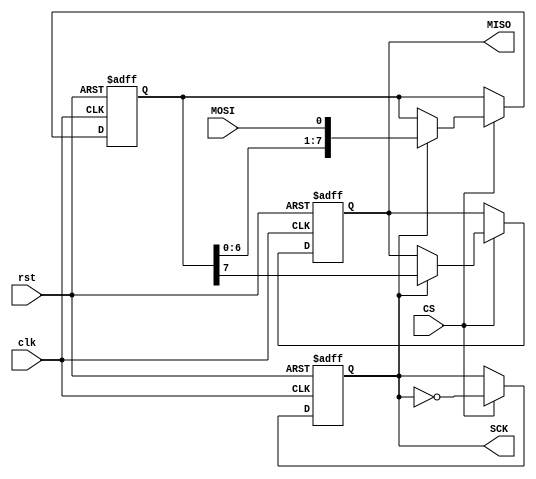
module SPI_Controller (
  input wire clk,
  input wire rst,
  input wire CS,
  input wire MOSI,
  output reg MISO,
  output reg SCK
);
  
  reg [7:0] data_out;
  reg [7:0] data_in;
  
  always @(posedge clk or posedge rst) begin
    if (rst) begin
      MISO <= 0;
      SCK <= 0;
      data_out <= 8'b0;
      data_in <= 8'b0;
    end else begin
      if (CS) begin
        if (SCK) begin
          MISO <= data_out[7];
          data_out <= {data_out[6:0], MOSI};
        end
        SCK <= ~SCK;
      end
    end
  end
endmodule